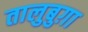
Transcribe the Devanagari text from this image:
तालुबुग़ा